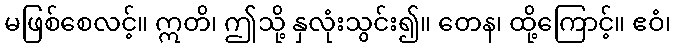
မဖြစ်စေလင့်။ ဣတိ၊ ဤသို့ နှလုံးသွင်း၍။ တေန၊ ထို့ကြောင့်။ ဧဝံ၊